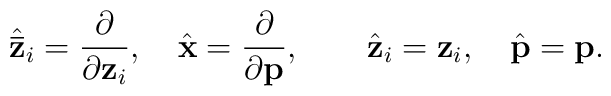
{\hat{\bf{\bar z}}}_i=\frac{\partial}{\partial {\bf z}_i}, \quad{\hat{\bf x}}=\frac{\partial}{\partial {\bf p}},\quad\quad {\hat{\bf{ z}}}_i={\bf z}_i, \quad{\hat{\bf p}}={\bf p}.